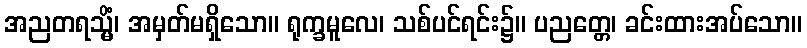
အညတရသ္မိံ၊ အမှတ်မရှိသော။ ရုက္ခမူလေ၊ သစ်ပင်ရင်း၌။ ပညတ္တေ၊ ခင်းထားအပ်သော။